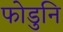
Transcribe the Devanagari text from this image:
फोडुनि